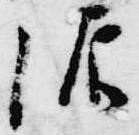
源